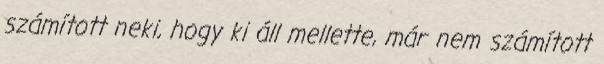
számított neki, hogy ki áll mellette, már nem számított